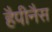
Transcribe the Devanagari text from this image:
हैपीनैस